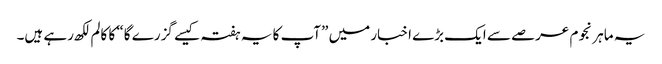
یہ ماہر نجوم عرصے سے ایک بڑے اخبار میں ”آپ کا یہ ہفتہ کیسے گزرے گا“ کا کالم لکھ رہے ہیں۔